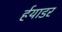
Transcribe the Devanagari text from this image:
र्हयाडर